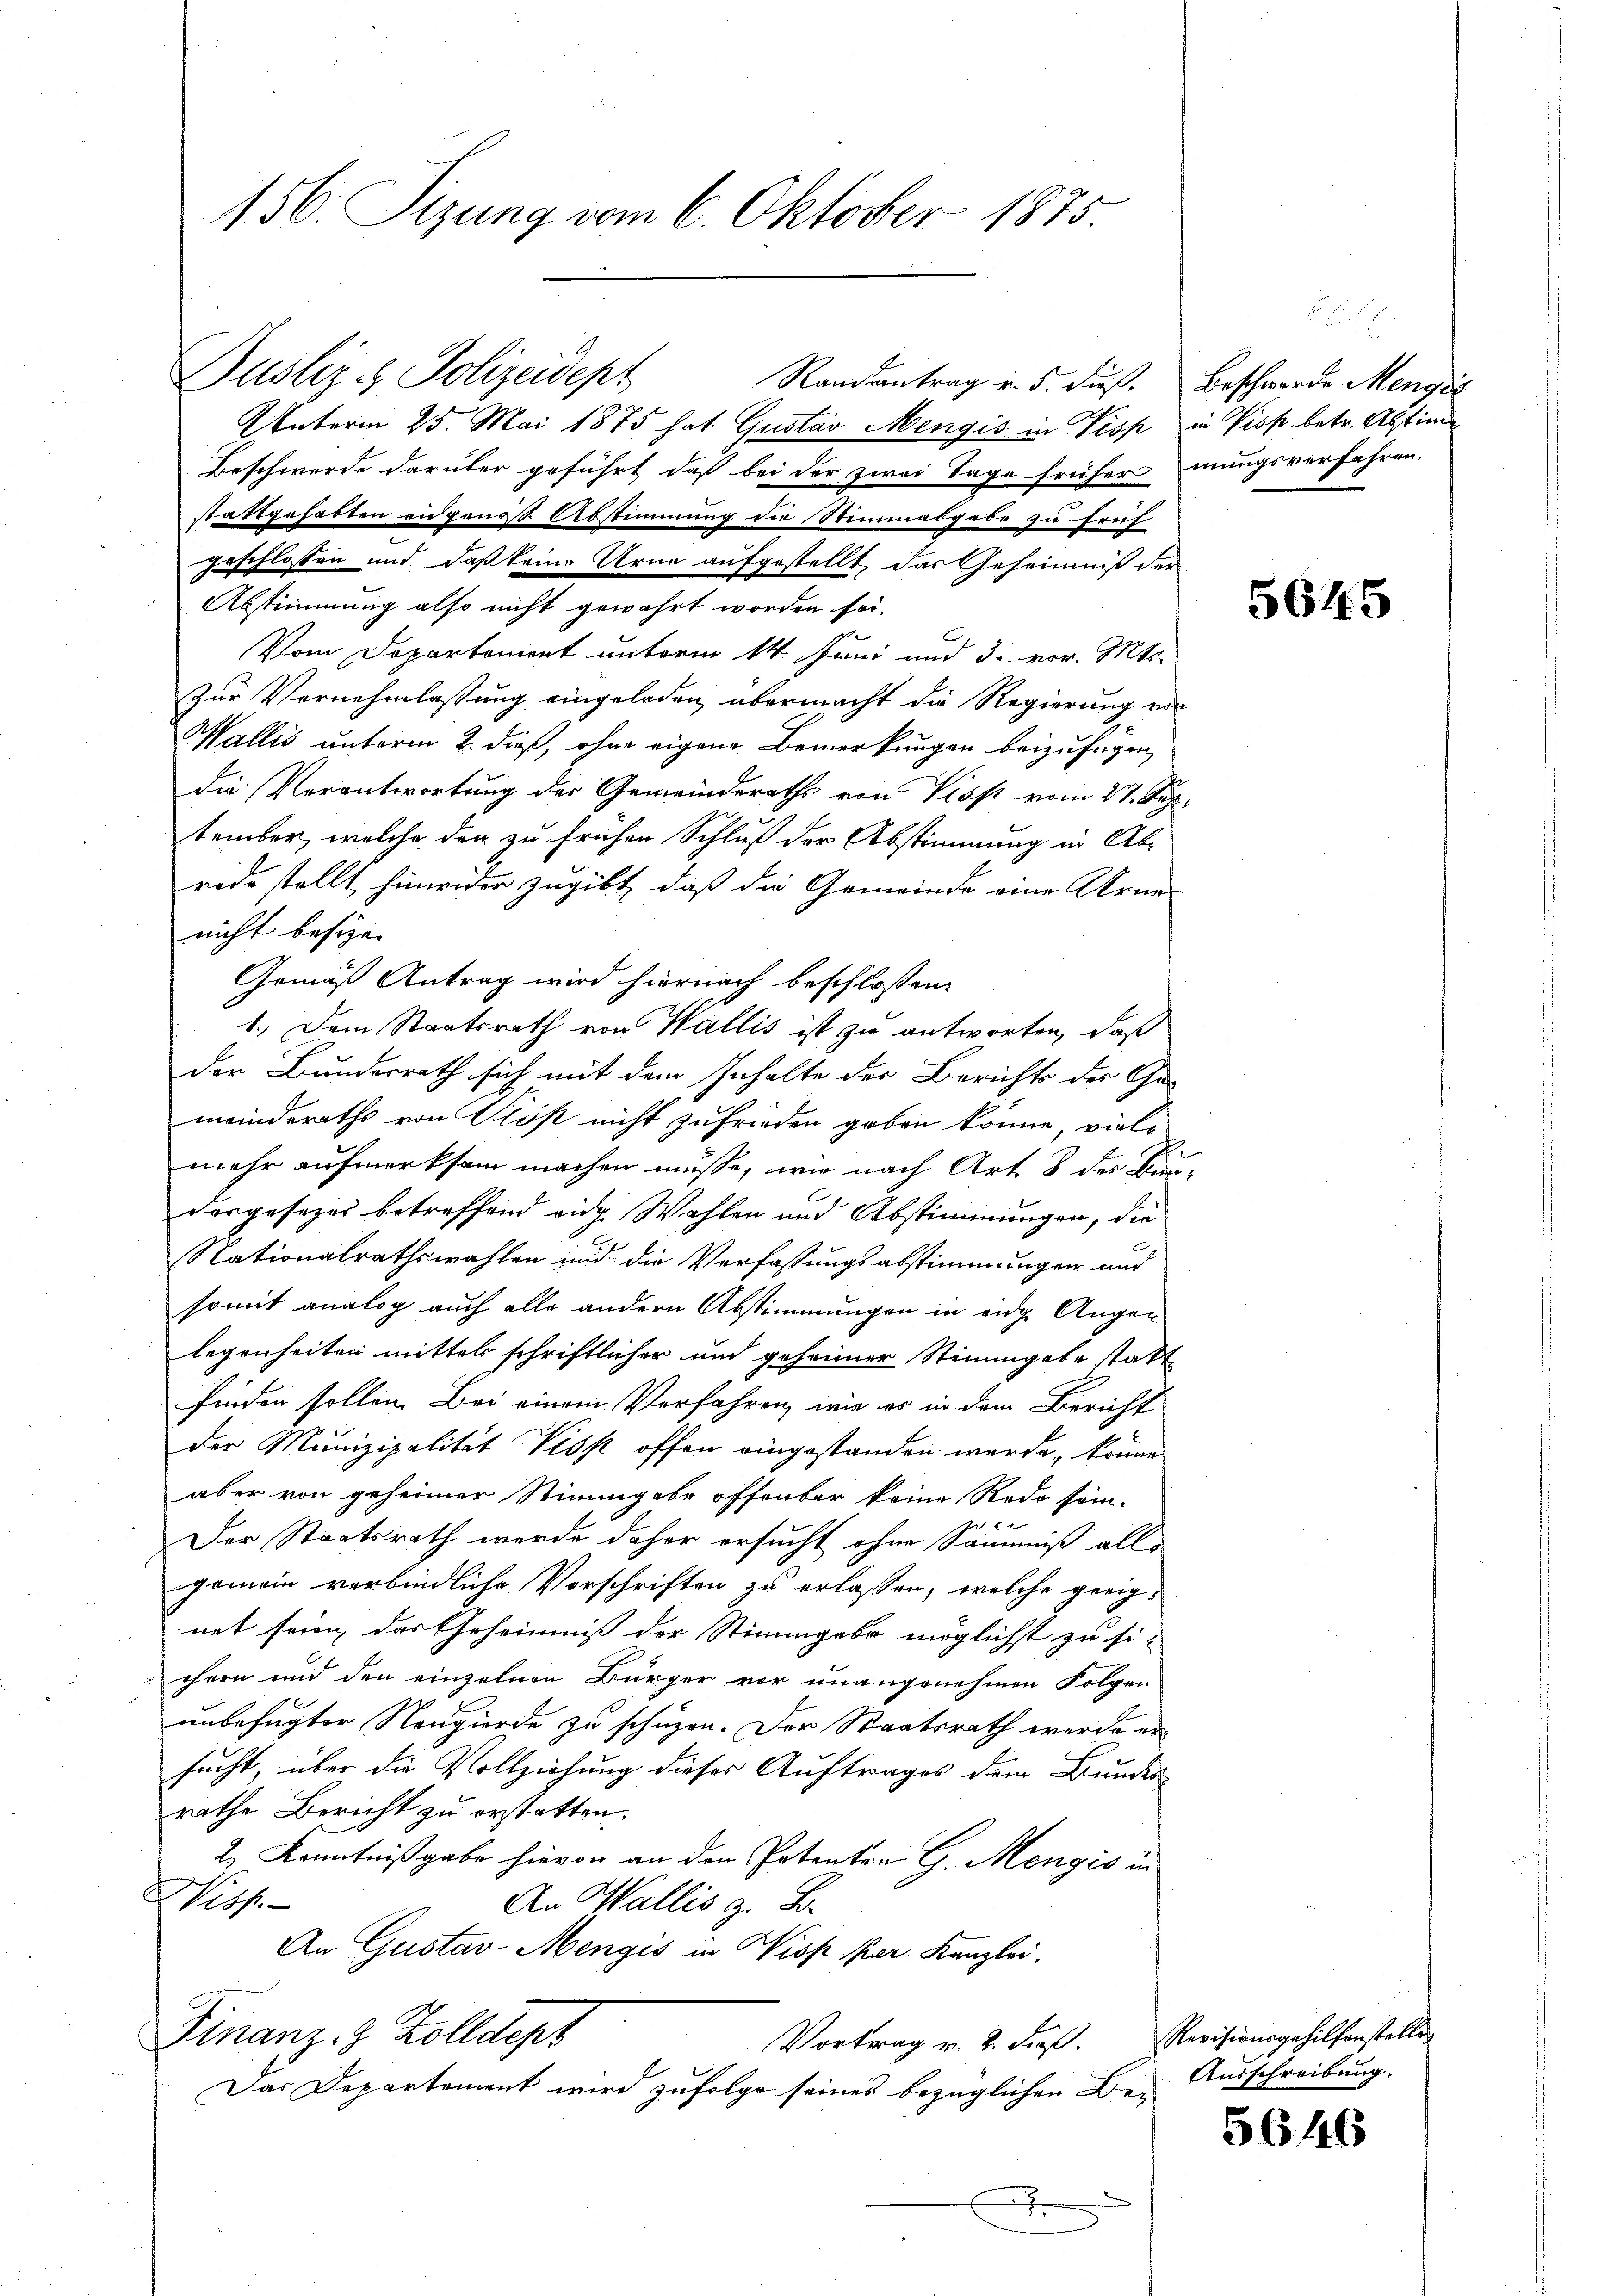
Randantrag v. 5. dieß. Beschwerde Mengić
Unterm 25. Mai 1875 hat Gustav Mengis in Pisp in Visp betr. Abstim¬
Beschwerde darüber geführt, daß bei der zwei Tage früher mungsverfahren.
stattgehabten eidgenoss. Abstimmung die Stimmasgabe zu früh
geschlossen und, daß keine Urne aufgestellt, das Geheimniß der
Abstimmung also nicht gewährt worden sei-
Vom Departement unterm 14. Juni und 3. vor. Mts.
Zur Vernehmlassung eingeladen, übermacht die Regierung von
Wallis unterm 2. dieß, ohne eigene Bemerkungen beizufügen,
die Verantwortung der Gemeinderaths von Piss vom 27. Sep.
tember, welche der zu frühen Schluß der Abstimmung in Ab-
ride stellt, hinwider zugibt, daß die Gemeinde eine Arne-
nicht besizen
Gemäß Antrag wird hiernach beschlossen:
1.) Dem Staatsrath von Wallis ist zu antworten, daß
der Bundesrath sich mit dem Inhalte der Berichts der Ge-
meinderaths von Rost nicht zufrieden geben könne, viele
mehr aufmerksam machen müsse, wie nach Art. 8 der Be-
dorgesetzes betreffend eidg. Wahlen und Abstimmungen, die
Nationalrathswahlen und die Verfassungsabstimmungen und
somit analog auch alle andern Abstimmungen in eidg. Augen
legenheiten mittel schriftlicher und geheimer Stimmgabe statt
finden sollen. Bei einem Verfahren, wie es in dem Bericht
der Munizipalität Viss offen eingestanden werde, könne
aber von geheimer Stimmgebe offenbar keine Rede sein.
Der Staatsrath werde daher ersucht ohne Säumniß alle
gemein verbindliche Vorschriften zu erlassen, welche geeignet seien, das Geheimniß der Stimmgabe möglichst zu si-
chern und den einzelnen Bürger vor unangenehmen Folgen
unbefugter Neugierde zu schüzen. Der Staatsrath werde er
sucht, über die Vollziehung dieser Auftrages dem Bundesrathe Bericht zu erstatten.
2) Kenntnißgabe hievon an den Petenten G. Mengio in
Wiss
An Wallis z. B.
An Gustav Mengis in Wisp par Kanzlei.
Finanz. Z. Zolldep
Vortrag v. 2. Fuß.
Das Departement wird zufolge seines bezüglichen Be-
.

156. Sizung vom 6. Oktober 1875.

Justiz- & Polizeidept

5645

Revisionsgehilfenstellen
Ausschreibung.

5646